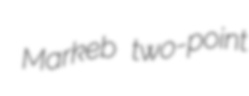
Markeb two-point